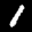
Label: 1